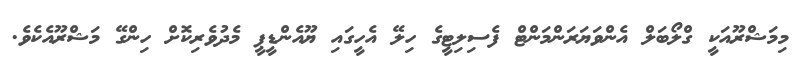
މިމަޝްރޫއަކީ ގްލޯބަލް އެންވަޔަރަންމަންޓް ފެސިލިޓީގެ ހިލޭ އެހީގައި ޔޫއެންޑީޕީ މެދުވެރިކޮށް ހިންގޭ މަޝްރޫއެކެވެ.